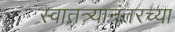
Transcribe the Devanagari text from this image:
स्वातत्र्यानंतरच्या